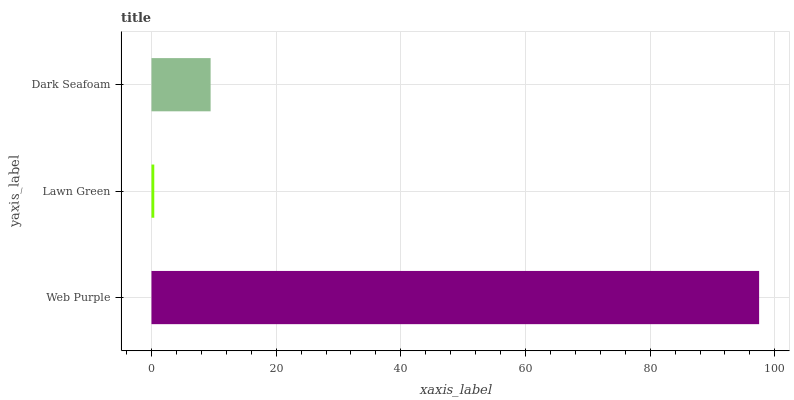
| yaxis_label | bars |
 | --- | --- |
 | Web Purple | 97.5 |
 | Lawn Green | 0.449 |
 | Dark Seafoam | 9.49 |